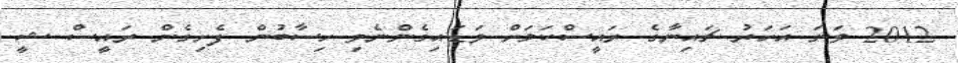
2012 ވަނަ އަހަރު ޗައިނާގެ ރައީސްކަމަށް ވަޑައިގެންނެވި ހިސާބުން ފެށިގެން ރައީސް ޝީ